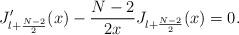
LaTeX: \begin{align*}J'_{l+\frac{N-2}{2}}(x)-\frac{N-2}{2x} J_{l+\frac{N-2}{2}}(x)=0.\end{align*}